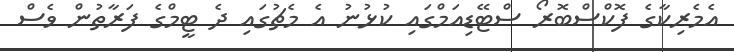
އެމެރިކާގެ ފޮކްސްބޮރޯ ސްޓޭޑިއަމްގައި ކުޅުނު އެ މެޗުގައި ދެ ޓީމްގެ ފަރާތުން ވެސް